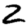
Digit: 2